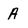
Character: A